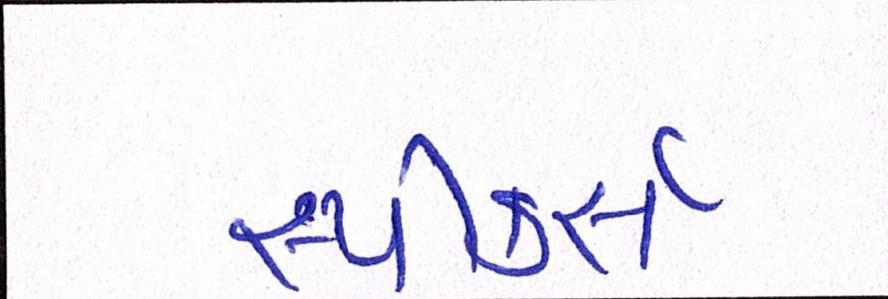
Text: સ્પીકર્સ